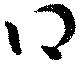
得